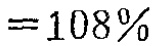
$=108\%$